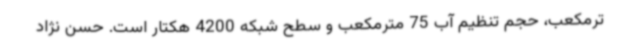
ترمکعب، حجم تنظیم آب 75 مترمکعب و سطح شبکه 4200 هکتار است. حسن نژاد